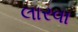
લારવા